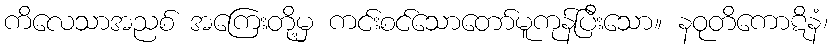
ကိလေသာအညစ် အကြေးတို့မှ ကင်းစင်သောတော်မူကုန်ပြီးသော။ နဝုတိကောဋိနံ၊